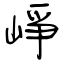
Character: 崢